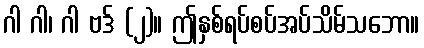
ဂါ ဂါ၊ ဂါ ဗဒ် (၂)။ ဤနှစ်ရပ်စပ်အပ်သိမ်သဘော။